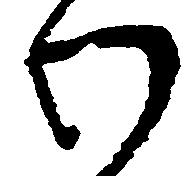
わ